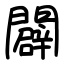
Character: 闢